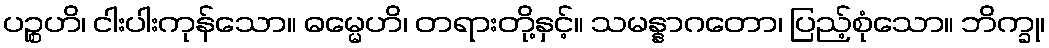
ပဉ္စဟိ၊ ငါးပါးကုန်သော။ ဓမ္မေဟိ၊ တရားတို့နှင့်။ သမန္နာဂတော၊ ပြည့်စုံသော။ ဘိက္ခု၊